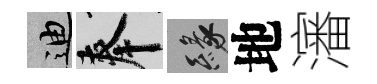
迪奉緣地瀋